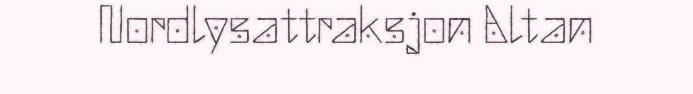
Nordlysattraksjon Altan